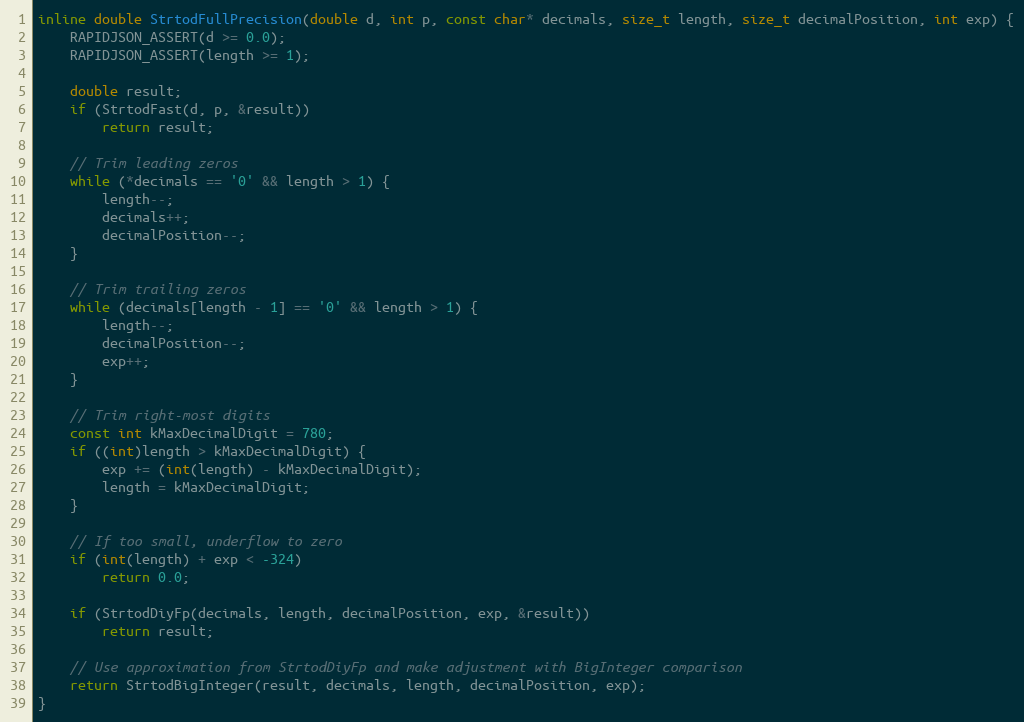
Language: C
inline double StrtodFullPrecision(double d, int p, const char* decimals, size_t length, size_t decimalPosition, int exp) {
    RAPIDJSON_ASSERT(d >= 0.0);
    RAPIDJSON_ASSERT(length >= 1);

    double result;
    if (StrtodFast(d, p, &result))
        return result;

    // Trim leading zeros
    while (*decimals == '0' && length > 1) {
        length--;
        decimals++;
        decimalPosition--;
    }

    // Trim trailing zeros
    while (decimals[length - 1] == '0' && length > 1) {
        length--;
        decimalPosition--;
        exp++;
    }

    // Trim right-most digits
    const int kMaxDecimalDigit = 780;
    if ((int)length > kMaxDecimalDigit) {
        exp += (int(length) - kMaxDecimalDigit);
        length = kMaxDecimalDigit;
    }

    // If too small, underflow to zero
    if (int(length) + exp < -324)
        return 0.0;

    if (StrtodDiyFp(decimals, length, decimalPosition, exp, &result))
        return result;

    // Use approximation from StrtodDiyFp and make adjustment with BigInteger comparison
    return StrtodBigInteger(result, decimals, length, decimalPosition, exp);
}